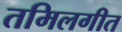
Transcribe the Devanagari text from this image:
तमिलगीत